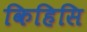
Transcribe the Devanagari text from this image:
किहिसि